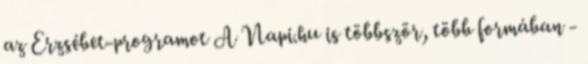
az Erzsébet-programot A Napi.hu is többször, több formában -